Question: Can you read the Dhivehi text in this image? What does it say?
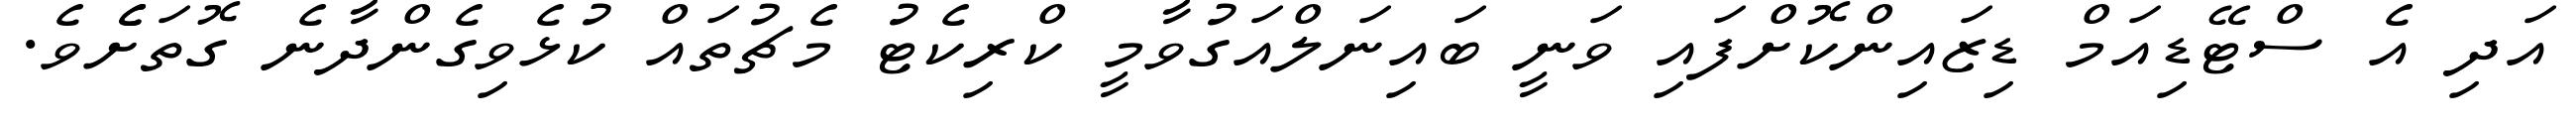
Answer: އަދި އެ ސްޓޭޑިއަމް ޑިޒައިންކޮށްފައި ވަނީ ބައިނަލްއަގުވާމީ ކްރިކެޓު މެޗުތައް ކުޅެވިގެންދާނެ ގޮތަށެެވެ.